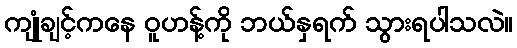
ကျုံချင့်ကနေ ဝူဟန့်ကို ဘယ်နှရက် သွားရပါသလဲ။